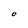
Character: O